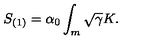
S _ { ( 1 ) } = \alpha _ { 0 } \int _ { m } \sqrt { \gamma } K .